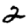
Digit: 2